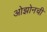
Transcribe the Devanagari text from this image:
ओझोनची